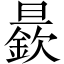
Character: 𱢭